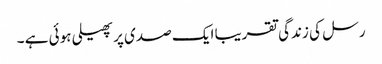
رسل کی زندگی تقریبا ایک صدی پر پھیلی ہوئی ہے ۔